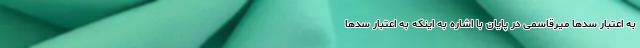
به اعتبار سدها میرقاسمی در پایان با اشاره به اینکه به اعتبار سدها